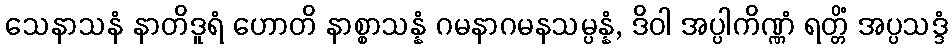
သေနာသနံ နာတိဒူရံ ဟောတိ နာစ္စာသန္နံ ဂမနာဂမနသမ္ပန္နံ, ဒိဝါ အပ္ပါကိဏ္ဏံ ရတ္တိံ အပ္ပသဒ္ဒံ